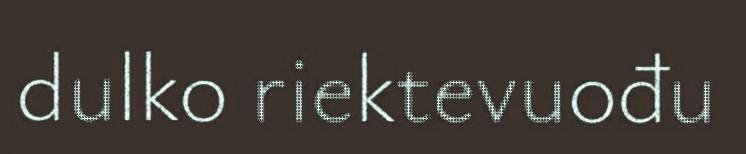
dulko riektevuođu